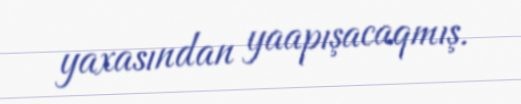
yaxasından yaapışacaqmış.